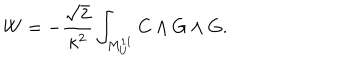
W = - { \frac { \sqrt { 2 } } { \kappa ^ { 2 } } } \int _ { M _ { U } ^ { 1 1 } } C \wedge G \wedge G .